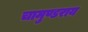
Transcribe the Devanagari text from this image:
चामुण्डराय